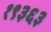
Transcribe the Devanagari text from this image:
१९३६३